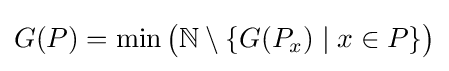
G(P)=\min {\bigl (}\mathbb {N} \setminus \{G(P_{x})\mid x\in P\}{\bigr )}